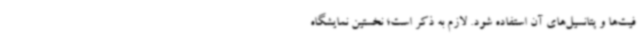
فیت‌ها و پتانسیل‌های آن استفاده شود. لازم به ذکر است؛ نخستین نمایشگاه